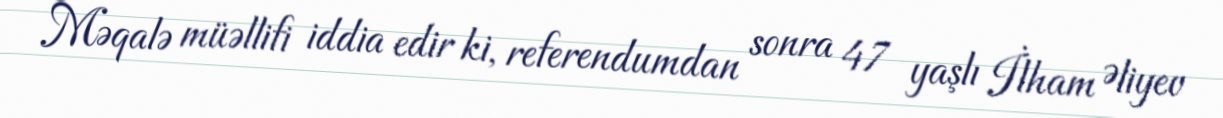
Məqalə müəllifi iddia edir ki, referendumdan sonra 47 yaşlı İlham Əliyev